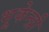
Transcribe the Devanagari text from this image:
भूकेन्द्री